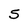
Character: 5